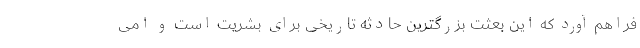
فراهم آورد که این بعثت بزرگترین حادثه تاریخی برای بشریت است و امی